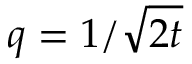
q = 1 / \sqrt { 2 t }